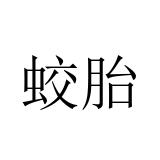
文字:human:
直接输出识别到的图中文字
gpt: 蛟胎